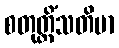
စတုတ္တိံသတိမာ